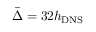
\bar { \Delta } = 3 2 h _ { \mathrm { { D N S } } }